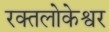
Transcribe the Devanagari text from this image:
रक्तलोकेश्वर